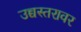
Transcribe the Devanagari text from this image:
उच्चस्तरावर